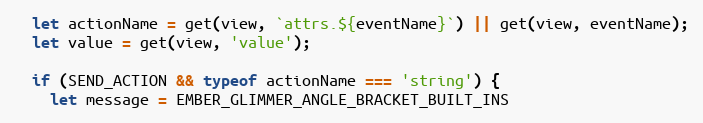
Language: JavaScript
  let actionName = get(view, `attrs.${eventName}`) || get(view, eventName);
  let value = get(view, 'value');

  if (SEND_ACTION && typeof actionName === 'string') {
    let message = EMBER_GLIMMER_ANGLE_BRACKET_BUILT_INS